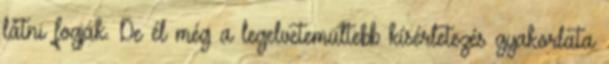
látni fogják. De él még a legelvetemültebb kísérletezés gyakorlata